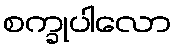
စက္ခုပါလော